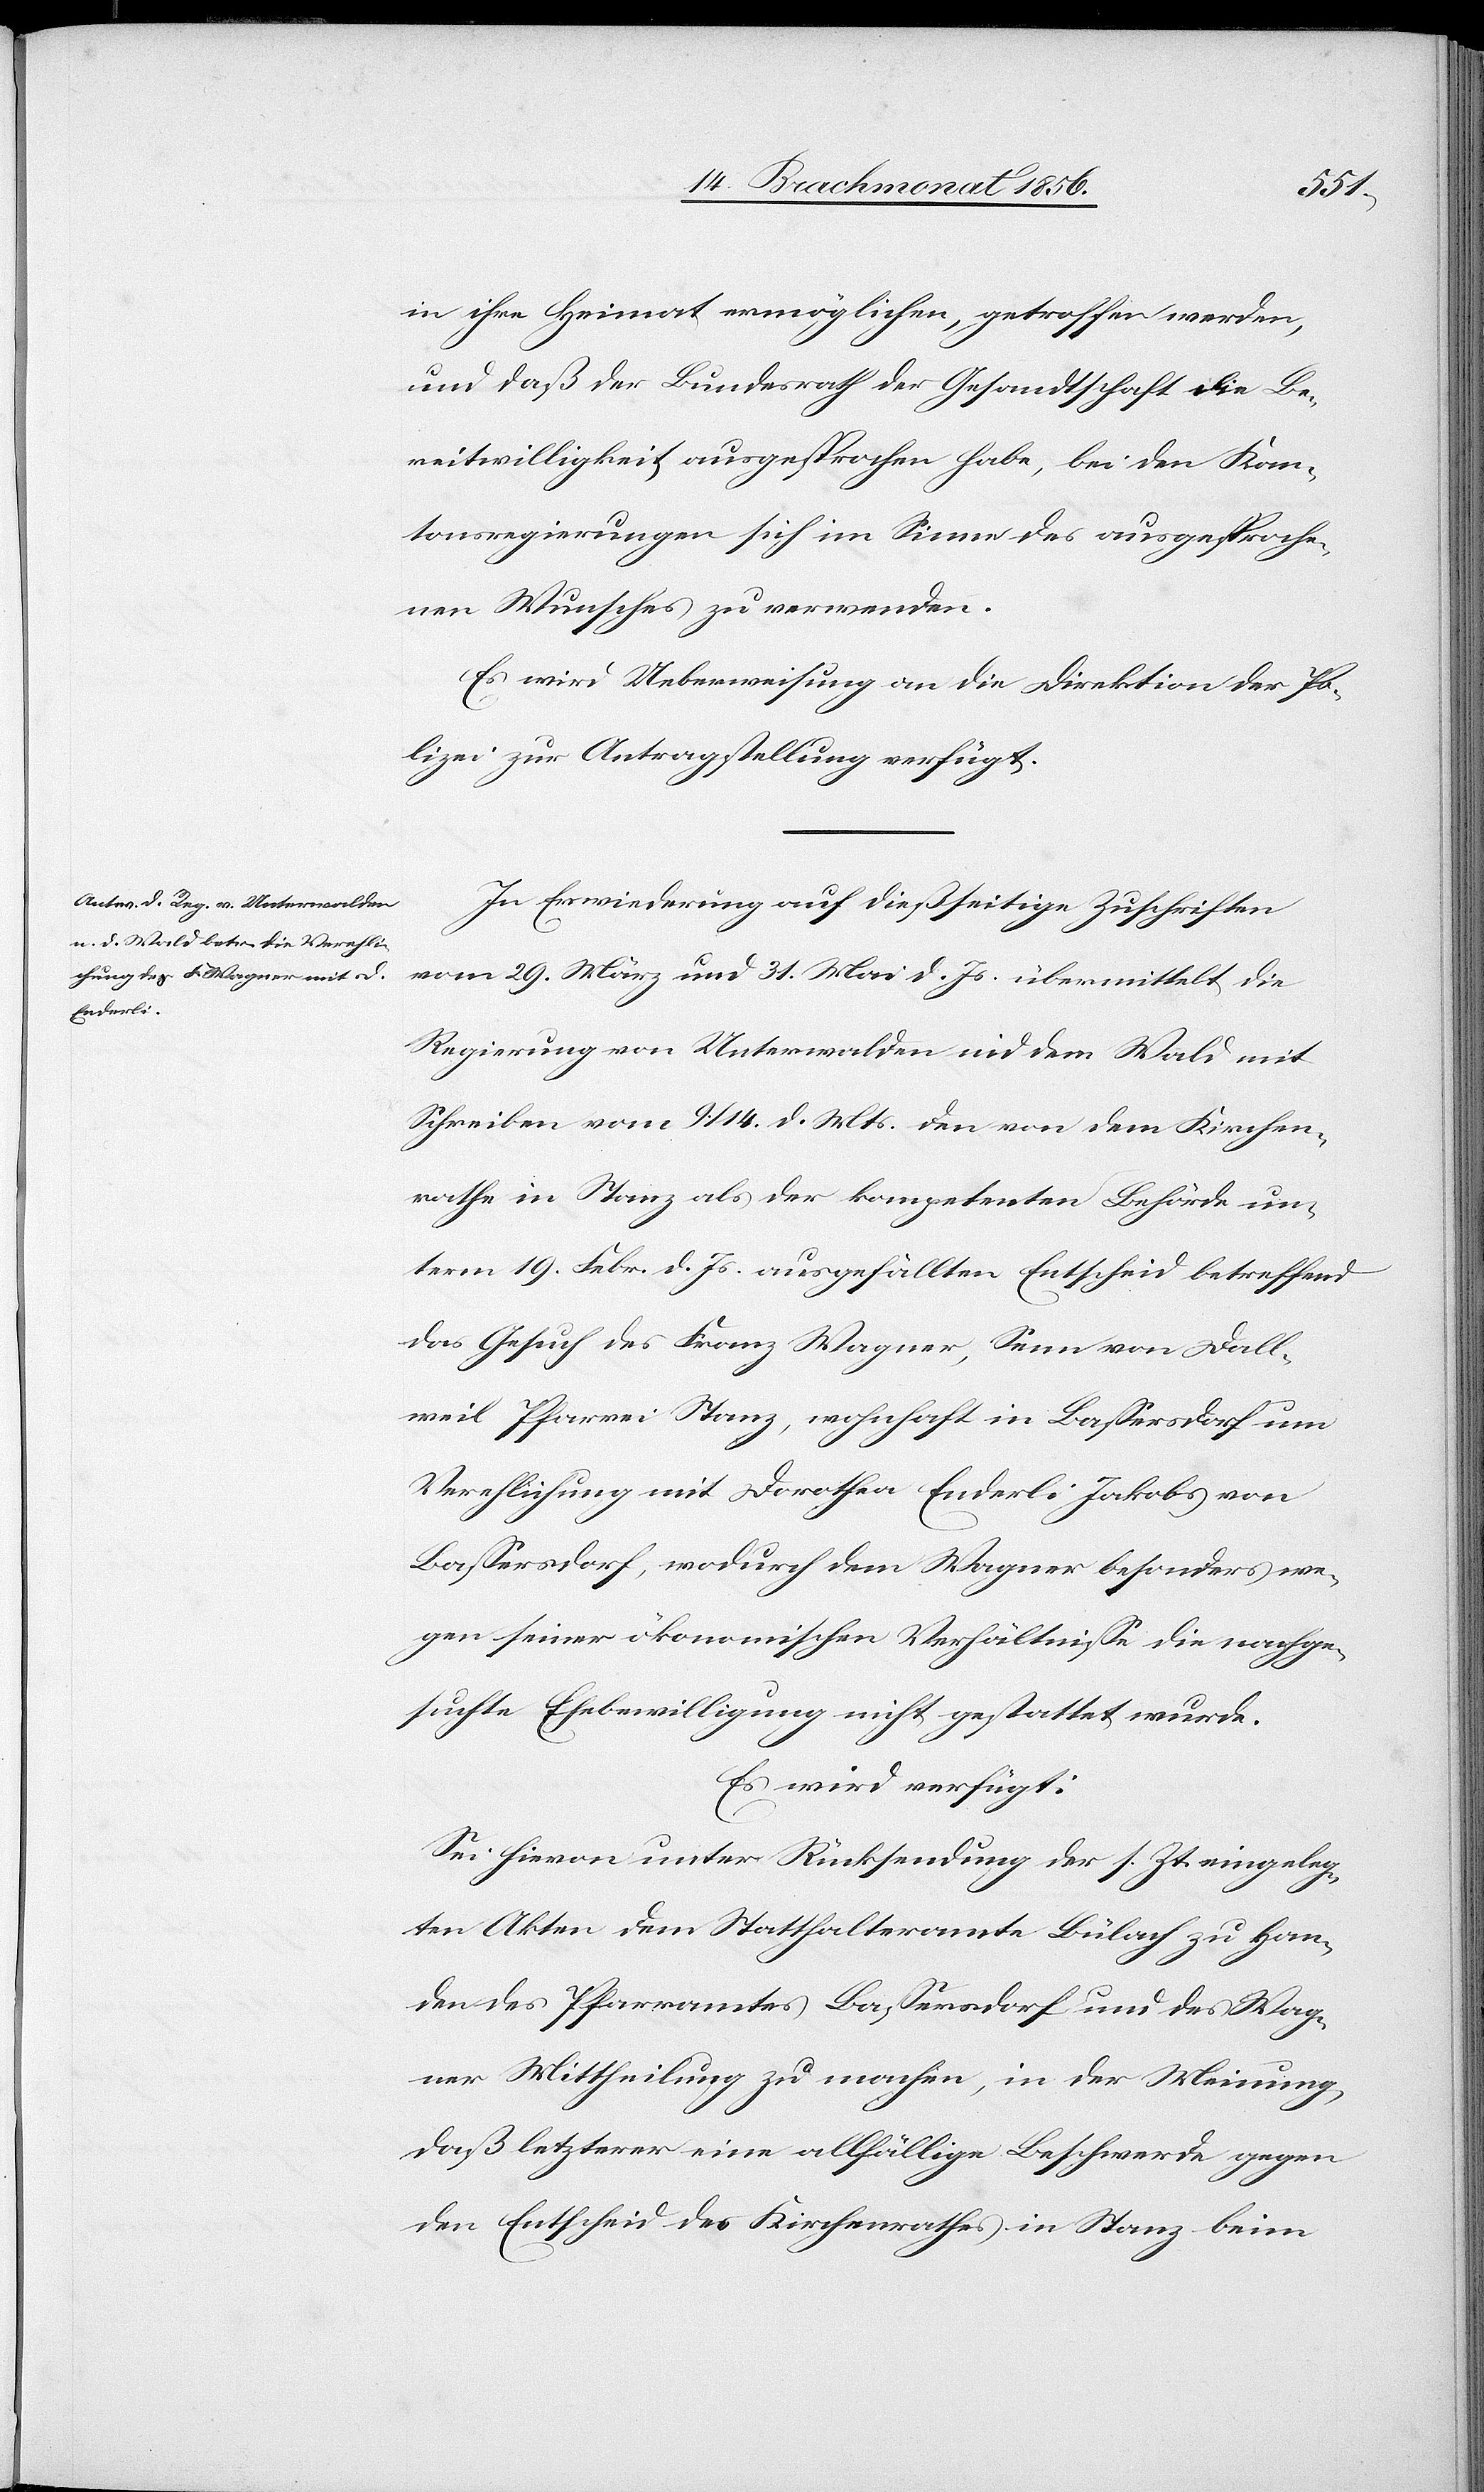
16.

in ihre Heimat ermöglichen, getroffen werden,
und daß der Bundesrath der Gesandtschaft die Be¬
reitwilligkeit ausgesprochen habe, bei den Kan¬
tonsregierungen sich im Sinne des ausgesproche¬
nen Wunsches zu verwenden.
Es wird Ueberweisung an die Direktion der Po¬
lizei zur Antragstellung verfügt.
In Erwiederung auf dießseitige Zuschriften
vom 29. März und 31. Mai d. Js. übermittelt die
Regierung von Unterwalden nid dem Wald mit
Schreiben vom 9./14. d. Mts. den von dem Kirchen¬
rathe in Stanz als der kompetenten Behörde un¬
term 19. Febr. d. Js. ausgefällten Entscheid betreffend
das Gesuch des Franz Wagner, Senn von Dall¬
weil Pfarrei Stanz, wohnhaft in Bassersdorf um
Verehlichung mit Dorothea Enderli Jakobs von
Bassersdorf, wodurch dem Wagner besonders we¬
gen seiner ökonomischen Verhältnisse die nachge¬
suchte Ehebewilligung nicht gestattet wurde.
Es wird verfügt:
Sei hievon unter Rücksendung der s. Zt. eingeleg¬
ten Akten dem Statthalteramte Bülach zu Han¬
den des Pfarramtes Bassersdorf und des Wag¬
ner Mittheilung zu machen, in der Meinung,
daß letzterer eine allfällige Beschwerde gegen
den Entscheid des Kirchenrathes in Stanz beim